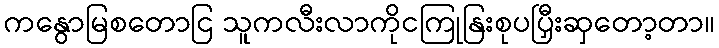
ကနွောမြစတောငြ သူကလီးလာကိုငကြုနြးစုပပြှီးဆှတော့တာ။